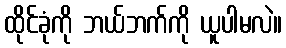
ထိုင်ခုံကို ဘယ်ဘက်ကို ယူပါမလဲ။